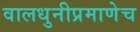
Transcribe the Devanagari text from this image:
वालधुनीप्रमाणेच